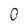
Character: 0